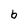
Character: b